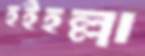
হইহল্লা